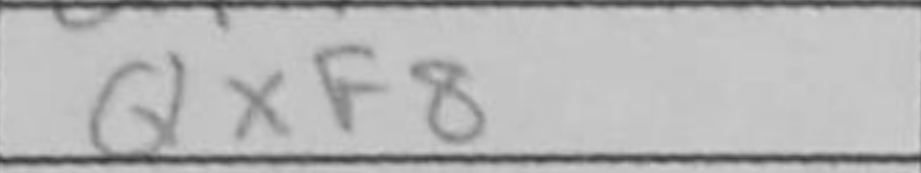
Transcription: Qxf8